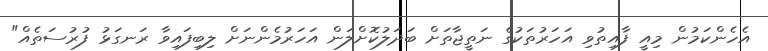
އެހެންކަމުން މިއީ ފާއިތުވި އަހަރުތަކުގެ ނަތީޖާތަށް ބަދަލުކޮށްލަން އަހަރުމެންނަށް ލިބިފައިވާ ރަނގަޅު ފުރުސަތެއް"